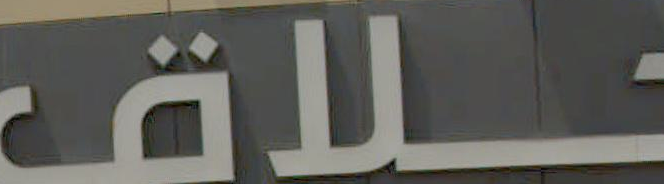
ــــلاق